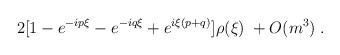
LaTeX: \begin{align*}2 [1 - e^{-ip\xi}- e^{-iq\xi} + e^{i\xi(p+q)}] \rho(\xi) \; + O(m^3) \; .\end{align*}